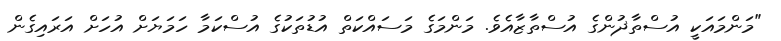
"މަންމައަކީ އުސްތާޛުންގެ އުސްތާޒާއެވެ. މަންމަގެ މަސައްކަތް އުޑުތަކުގެ އުސްކަމާ ހަމަޔަށް އުހަށް އަރައިގެން